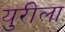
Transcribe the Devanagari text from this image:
युरीला